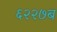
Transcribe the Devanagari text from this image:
६२२७ब